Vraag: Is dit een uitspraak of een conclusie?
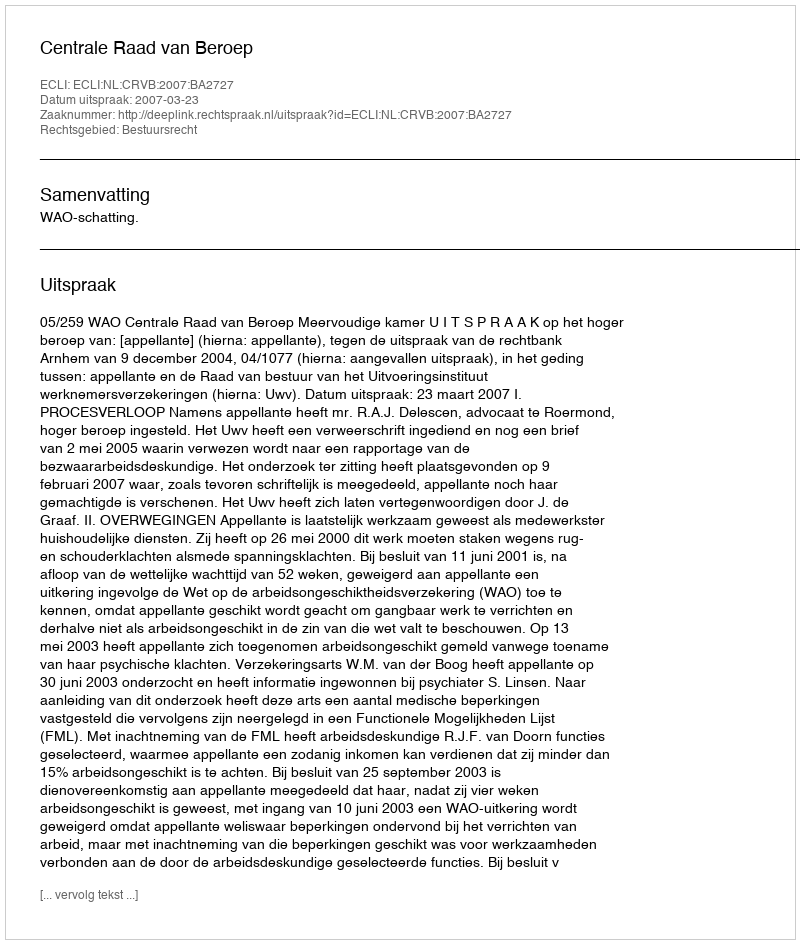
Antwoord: Uitspraak